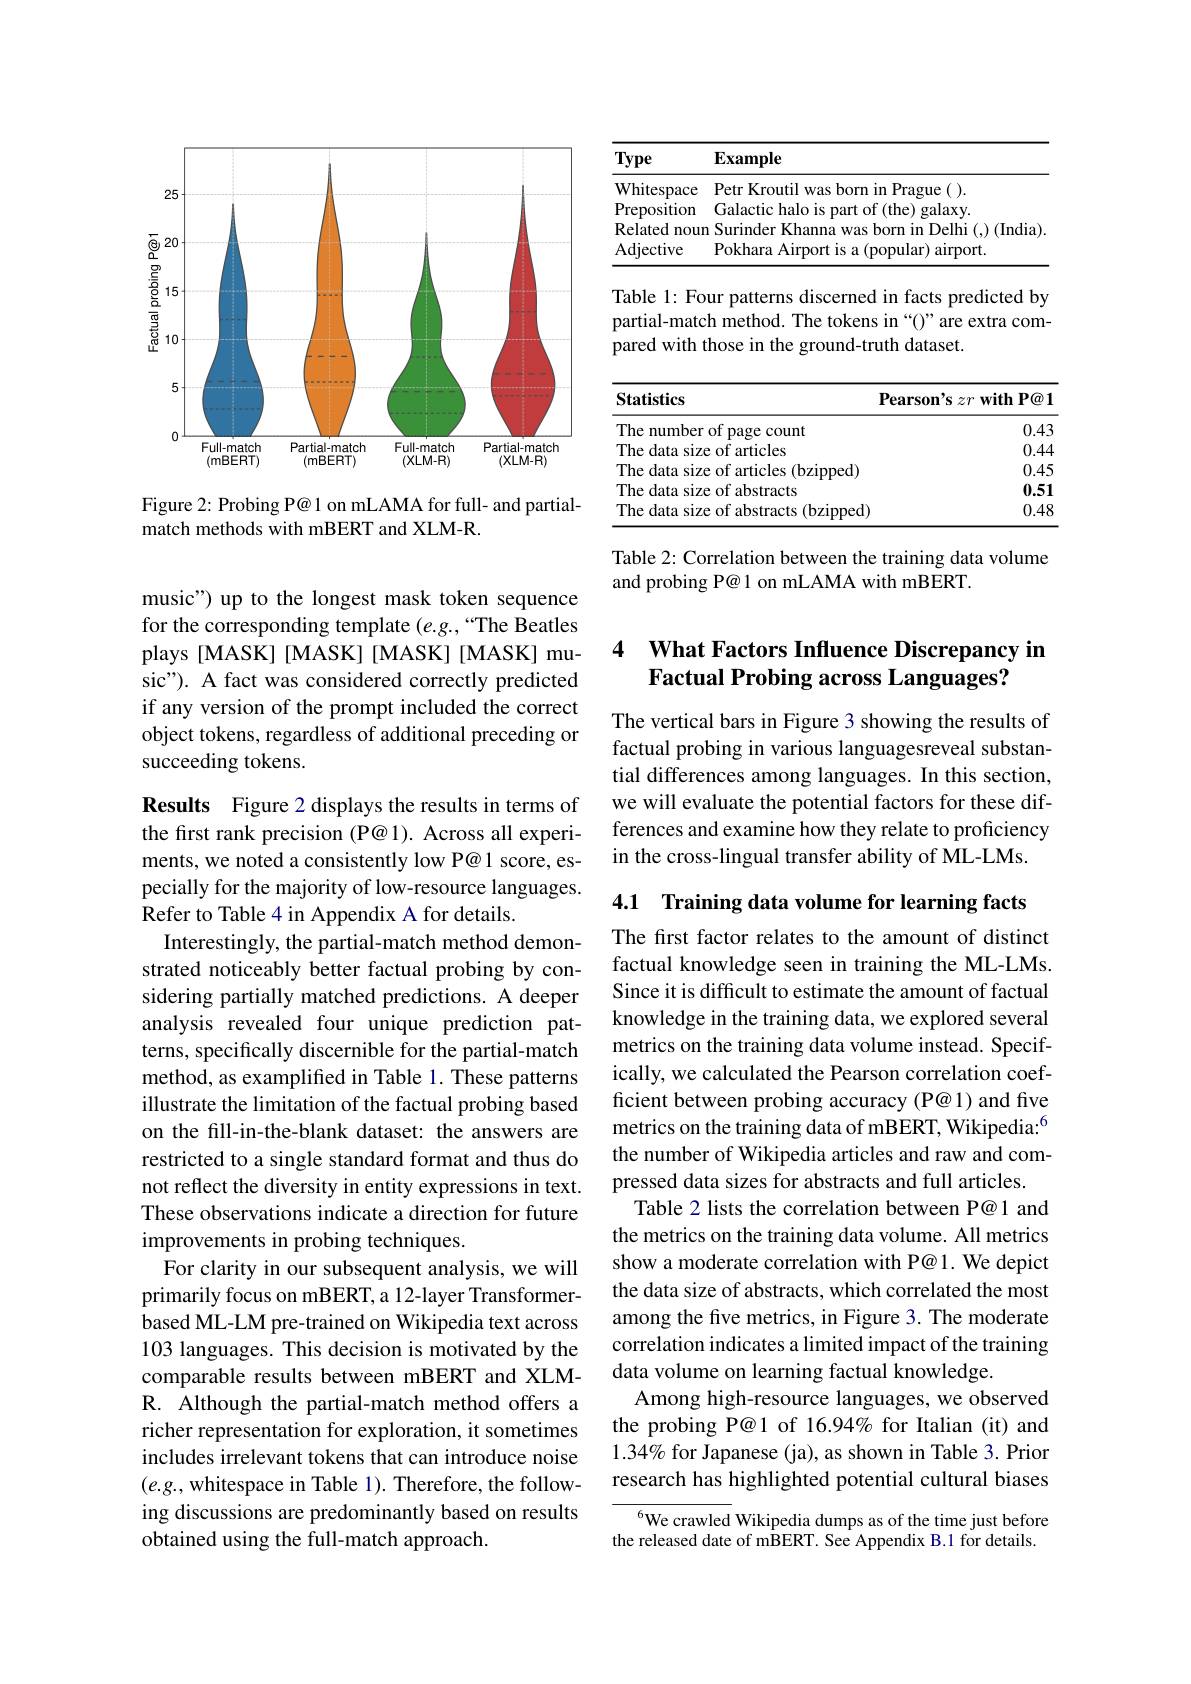
<FigureHere>

Figure 2: Probing P@ 1 on mLAMA for full- and partial-
match methods with mBERT and XLM-R.

music") up to the longest mask token sequence for the corresponding template $(e.g.,“$The Beatles plays [MASK] [MASK] [MASK] [MASK] music"). A fact was considered correctly predicted if any version of the prompt included the correct object tokens, regardless of additional preceding or succeeding tokens.

Results Figure 2 displays the results in terms of the first rank precision (P@ 1). Across all experiments, we noted a consistently low P@1 score, especially for the majority of low-resource languages. Refer to Table 4 in Appendix A for details.
Interestingly, the partial-match method demonstrated noticeably better factual probing by considering partially matched predictions. A deeper analysis revealed four unique prediction patterns, specifically discernible for the partial-match method, as examplified in Table 1. These patterns illustrate the limitation of the factual probing based on the fill-in-the-blank dataset: the answers are restricted to a single standard format and thus do not reflect the diversity in entity expressions in text. These observations indicate a direction for future improvements in probing techniques.
For clarity in our subsequent analysis, we will primarily focus on mBERT, a 12-layer Transformerbased ML-LM pre-trained on Wikipedia text across 103 languages. This decision is motivated by the comparable results between mBERT and XLMR. Although the partial-match method offers a richer representation for exploration, it sometimes includes irrelevant tokens that can introduce noise $(e.g.$, whitespace in Table 1). Therefore, the following discussions are predominantly based on results obtained using the full-match approach.

<table>
	<tbody>
		<tr>
			<th>Type</th>
			<th>$\mathbf{Example}$</th>
		</tr>
		<tr>
			<td>Whitespace</td>
			<td>Petr Kroutil was born in Prague( ).</td>
		</tr>
		<tr>
			<td>Preposition</td>
			<td>alaxy</td>
		</tr>
		<tr>
			<td>Related noum</td>
			<td> </td>
		</tr>
		<tr>
			<td>Adjective</td>
			<td>Pokhara Airport is a (popular) airport.</td>
		</tr>
	</tbody>
</table>

Table 1: Four patterns discerned in facts predicted by partial-match method. The tokens in“()”are extra compared with those in the ground-truth dataset.

<table>
	<tbody>
		<tr>
			<th>Statistics</th>
			<th>$\mathbf{earson's}zr\mathbf{withP@1}$</th>
		</tr>
		<tr>
			<td>The number of page count</td>
			<td>0.43</td>
		</tr>
		<tr>
			<td>The data size of articles</td>
			<td>0.44</td>
		</tr>
		<tr>
			<td>The data size of articles (bzipped)</td>
			<td>0.45</td>
		</tr>
		<tr>
			<td>The data size of abstracts</td>
			<td>0.51</td>
		</tr>
		<tr>
			<td>The data size of abstracts s (bzipped)</td>
			<td>0.48</td>
		</tr>
	</tbody>
</table>

Table 2: Correlation between the training data volume
and probing P@ 1 on mLAMA with mBERT.

### 4 What Factors Influence Discrepancy in Factual Probing across Languages?

The vertical bars in Figure 3 showing the results of factual probing in various languagesreveal substantial differences among languages. In this section, we will evaluate the potential factors for these differences and examine how they relate to proficiency in the cross-lingual transfer ability of ML-LMs.

4.1 Training data volume for learning facts

The first factor relates to the amount of distinct factual knowledge seen in training the ML-LMs. Since it is difficult to estimate the amount of factual knowledge in the training data, we explored several metrics on the training data volume instead. Specifically, we calculated the Pearson correlation coefficient between probing accuracy (P@ 1) and five metrics on the training data of mBERT, Wikipedia:$^{6}$ the number of Wikipedia articles and raw and compressed data sizes for abstracts and full articles.
Table 2 lists the correlation between P@1 and the metrics on the training data volume. All metrics show a moderate correlation with P@1. We depict the data size of abstracts, which correlated the most among the five metrics, in Figure 3. The moderate correlation indicates a limited impact of the training data volume on learning factual knowledge.
Among high-resource languages, we observed the probing P@1 of 16.94% for Italian (it) and $1.34\%$ for Japanese (ja), as shown in Table 3. Prior research has highlighted potential cultural biases
$^{6}$We crawled Wikipedia dumps as of the time just before

the released date of mBERT. See Appendix B.1 for details.